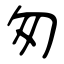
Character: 匆